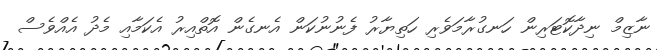
ނާޒިމް ނިދާކޮޓަރިން ހަނގުރާމަވެރި ހަތިޔާރު ފެނުނުކަން އެނގެން އޮތްއިރު އެކަމާއި މެދު އެއްވެސް